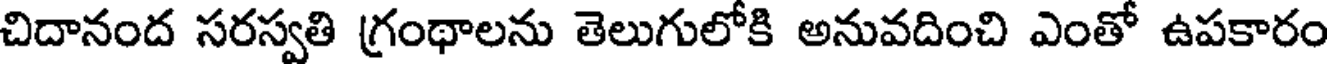
చిదానంద సరస్వతి గ్రంథాలను తెలుగులోకి అనువదించి ఎంతో ఉపకారం